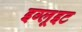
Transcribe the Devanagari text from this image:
इग्लूइट